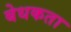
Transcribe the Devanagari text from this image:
बेधकता